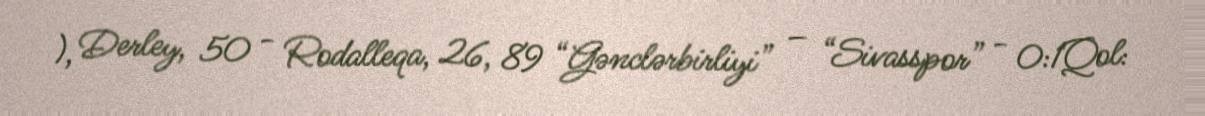
), Derley, 50 - Rodalleqa, 26, 89 “Gənclərbirliyi” – “Sivasspor” - 0:1Qol: